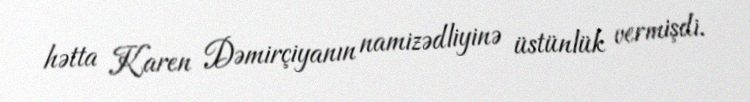
hətta Karen Dəmirçiyanın namizədliyinə üstünlük vermişdi.